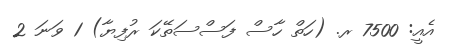
އެއީ: 7500 ރ. (ހަތް ހާސް ފަސްސަތޭކަ ރުފިޔާ) 1 ވަނަ 2